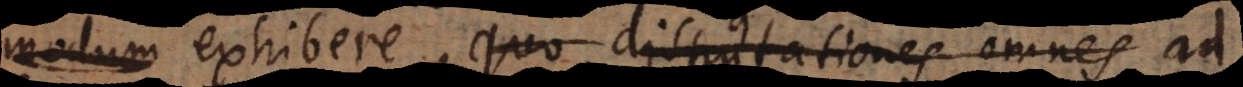
xhibere, quo disputationes omnes ad